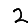
Digit: 2